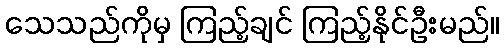
သေသည်ကိုမှ ကြည့်ချင် ကြည့်နိုင်ဦးမည်။